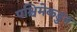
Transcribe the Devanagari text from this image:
पश्चिमेकडुन